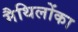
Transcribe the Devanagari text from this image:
मैथिलोंका